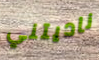
ناديتني